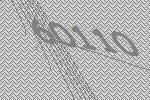
60110